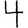
Digit: 4